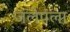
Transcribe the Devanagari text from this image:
जलेपला